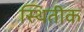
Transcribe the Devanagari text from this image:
स्थितीक